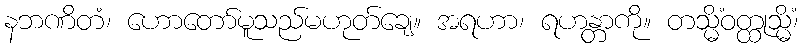
နဘဏိတံ၊ ဟောတော်မူသည်မဟုတ်ချေ။ အရဟာ၊ ရဟန္တာကို။ တသ္မိံဝတ္ထုသ္မိံ၊